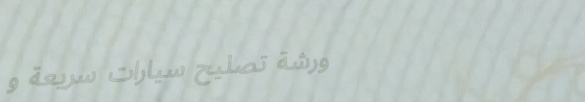
ورشة تصليح سيارات سريعة و